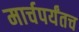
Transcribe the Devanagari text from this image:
मार्चपर्यंतच